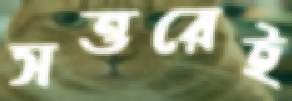
সত্তরেই